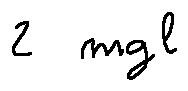
2 m g l